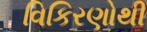
વિકિરણોથી